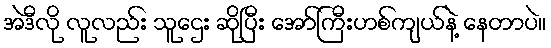
အဲဒီလို လူလည်း သူဌေး ဆိုပြီး အော်ကြီးဟစ်ကျယ်နဲ့ နေတာပဲ။